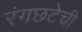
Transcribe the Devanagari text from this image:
रंगछटेची